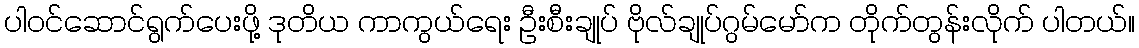
ပါဝင်ဆောင်ရွက်ပေးဖို့ ဒုတိယ ကာကွယ်ရေး ဦးစီးချုပ် ဗိုလ်ချုပ်ဂွမ်မော်က တိုက်တွန်းလိုက် ပါတယ်။